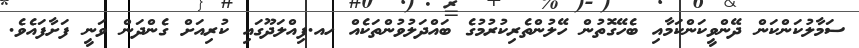
ސަމާލުކަންކަން ދޭންވީކަންކަމާއި ބެހޭގޮތުން ހޭލުންތެރިކުރުމުގެ ބައްދަލުވުންތަކެއް ހއ.ފިއްލަދޫގައި ކުރިއަށް ގެންދަން ވަނީ ފަށާފައެވެ.